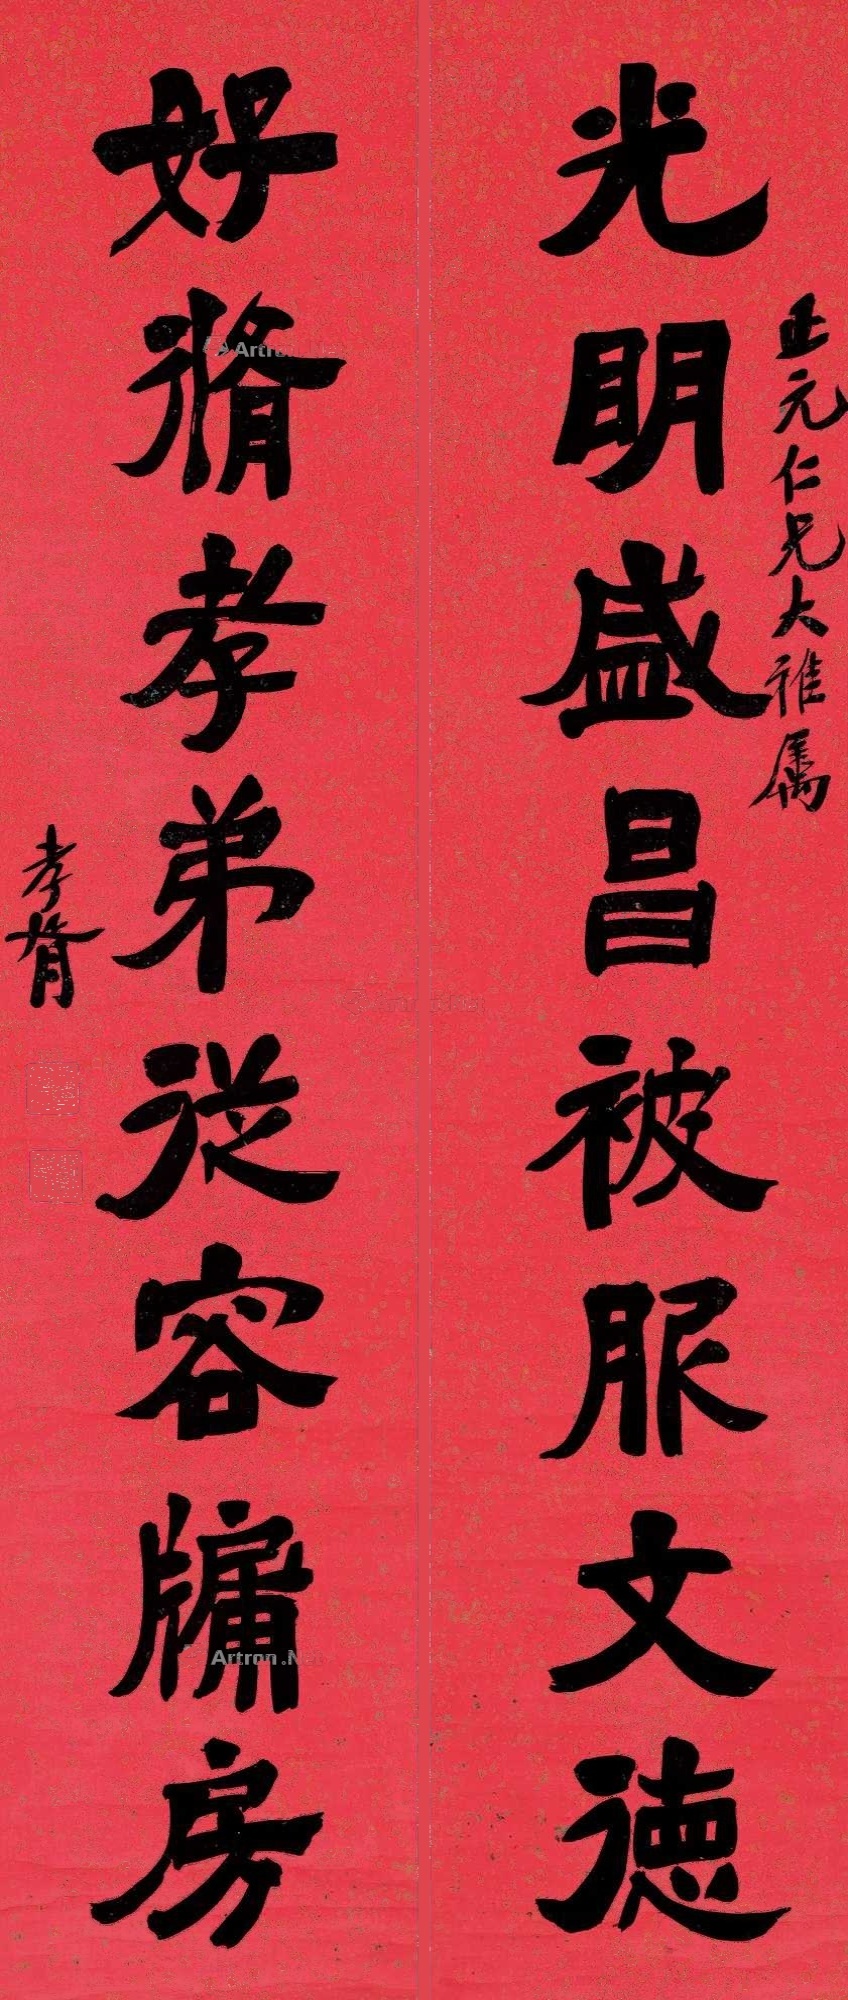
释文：光明盛昌被服文德，好修孝弟从容牖房。正元仁兄大雅属，孝胥。